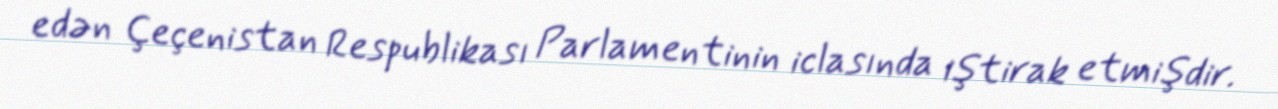
edən Çeçenistan Respublikası Parlamentinin iclasında iştirak etmişdir.